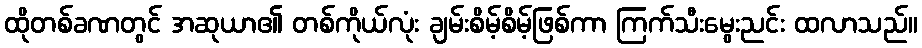
ထိုတစ်ခဏတွင် အဆုယာ၏ တစ်ကိုယ်လုံး ချမ်းစိမ့်စိမ့်ဖြစ်ကာ ကြက်သီးမွေးညင်း ထလာသည်။